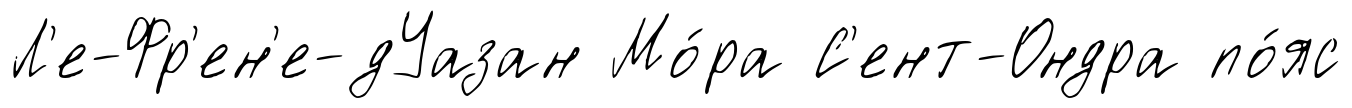
Л'е-Фр'ен'е-дУазан Мо́ра С'ент-Ондра по́яс